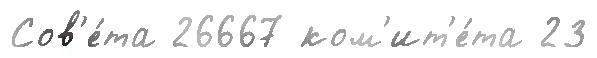
Сов'е́та 26667 ком'ит'е́та 23